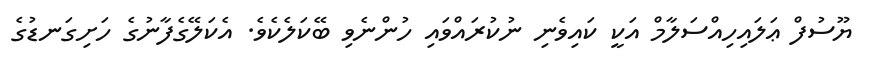
ޔޫސުފް ޢަލައިހިއްސަލާމް އަކީ ކައިވެނި ނުކުރައްވައި ހުންނެވި ބޭކަލެކެވެ. އެކަލޭގެފާނުގެ ހަށިގަނޑުގެ